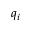
q _ { i }